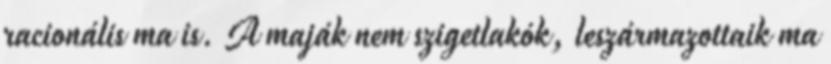
racionális ma is. A maják nem szigetlakók, leszármazottaik ma